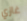
غازي